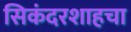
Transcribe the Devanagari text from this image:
सिकंदरशाहचा